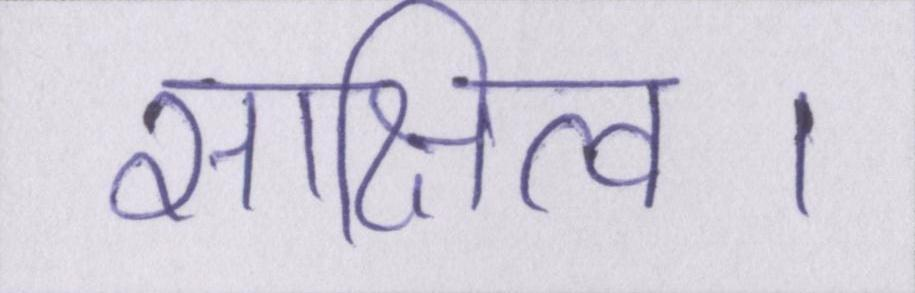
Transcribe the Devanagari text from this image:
साक्षित्व।